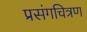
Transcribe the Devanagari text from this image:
प्रसंगचित्रण